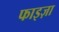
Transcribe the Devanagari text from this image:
फाइज़ा